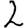
Digit: 2